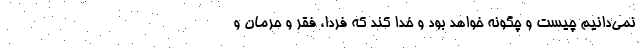
نمی‌دانیم چیست و چگونه خواهد بود و خدا کند که فردا، فقر و حرمان و